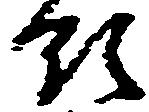
領